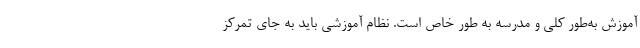
آموزش به‌طور کلی و مدرسه به طور خاص است. نظام آموزشی باید به جای تمرکز